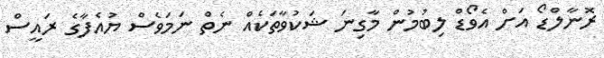
ރޮނާލްޑޯ އަށް އެވޯޑް ލިބުމުން މާގިނަ ޝަކުވާތަކެއް ނެތް ނަމަވެސް ޔުއެފާގެ ރައީސް